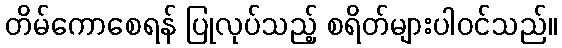
တိမ်ကောစေရန် ပြုလုပ်သည့် စရိတ်များပါဝင်သည်။